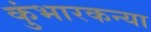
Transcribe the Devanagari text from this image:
कुंभारकन्या